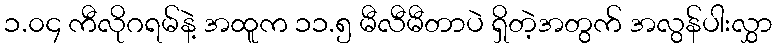
၁.၀၄ ကီလိုဂရမ်နဲ့ အထူက ၁၁.၅ မီလီမီတာပဲ ရှိတဲ့အတွက် အလွန်ပါးလွှာ